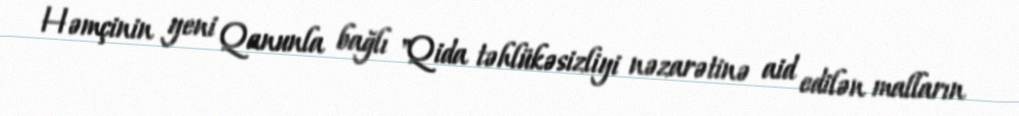
Həmçinin yeni Qanunla bağlı "Qida təhlükəsizliyi nəzarətinə aid edilən malların